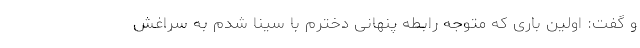
و گفت: اولین باری که متوجه رابطه پنهانی دخترم با سینا شدم به سراغش